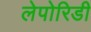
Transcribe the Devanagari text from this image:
लेपोरिडी